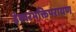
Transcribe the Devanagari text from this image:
ईश्वरभक्तिपरायण